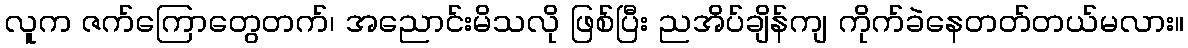
လူက ဇက်ကြောတွေတက်၊ အညောင်းမိသလို ဖြစ်ပြီး ညအိပ်ချိန်ကျ ကိုက်ခဲနေတတ်တယ်မလား။